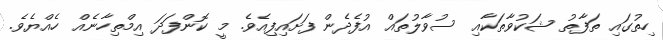
ހިތުގައި ތަފާތު ޝަކުވާތަކާއި ސުވާލުތައް އުފެދެން ފަށައިފިއެވެ. މީ ކޮންފަދަ އިމްތިހާނެއް ހެއްޔެވެ.